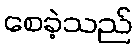
စေခဲ့သည်